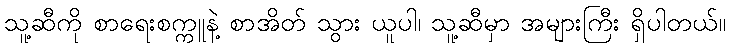
သူ့ဆီကို စာရေးစက္ကူနဲ့ စာအိတ် သွား ယူပါ၊ သူ့ဆီမှာ အများကြီး ရှိပါတယ်။